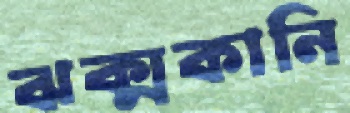
ঝক্‌মকানি